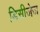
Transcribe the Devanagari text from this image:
डिसीजेज